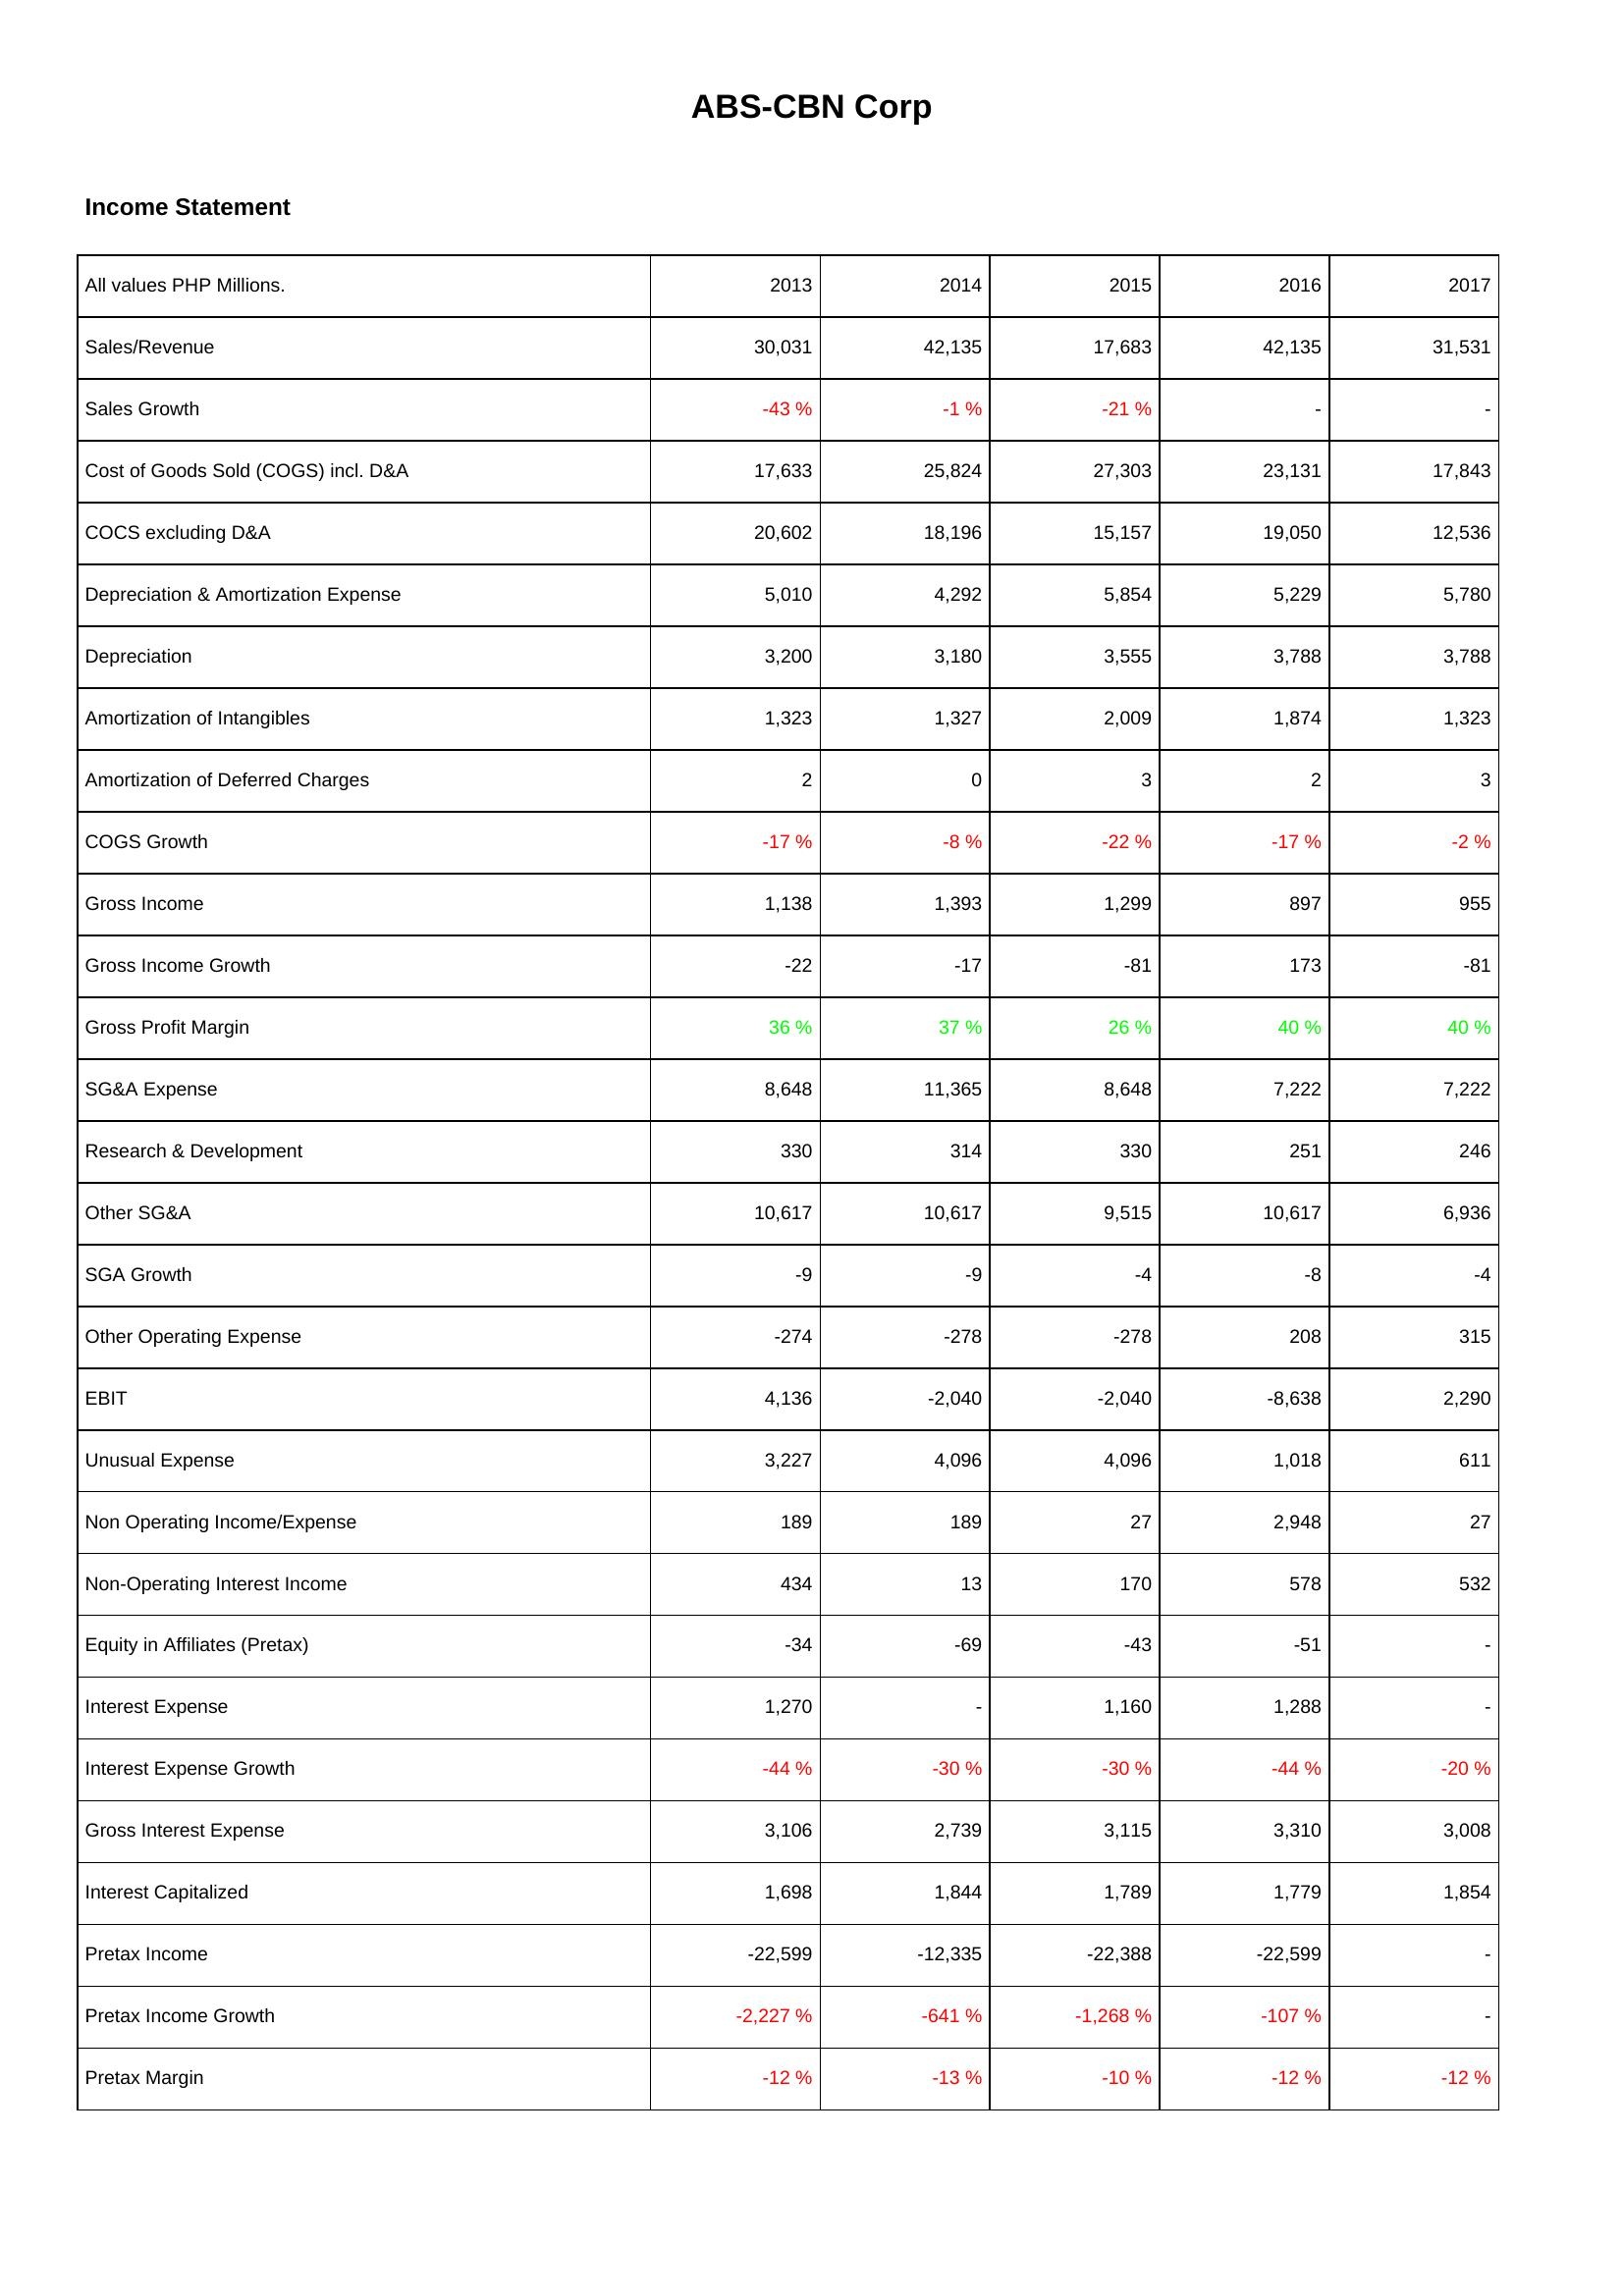
2013: Income Statement: Sales/Revenue: 30,031
Sales Growth: -43 %
Cost of Goods Sold (COGS) incl. D&A: 17,633
COCS excluding D&A: 20,602
Depreciation & Amortization Expense: 5,010
Depreciation: 3,200
Amortization of Intangibles: 1,323
Amortization of Deferred Charges: 2
COGS Growth: -17 %
Gross Income: 1,138
Gross Income Growth: -22
Gross Profit Margin: 36 %
SG&A Expense: 8,648
Research & Development: 330
Other SG&A: 10,617
SGA Growth: -9
Other Operating Expense: -274
EBIT: 4,136
Unusual Expense: 3,227
Non Operating Income/Expense: 189
Non-Operating Interest Income: 434
Equity in Affiliates (Pretax): -34
Interest Expense: 1,270
Interest Expense Growth: -44 %
Gross Interest Expense: 3,106
Interest Capitalized: 1,698
Pretax Income: -22,599
Pretax Income Growth: -2,227 %
Pretax Margin: -12 %
2014: Income Statement: Sales/Revenue: 42,135
Sales Growth: -1 %
Cost of Goods Sold (COGS) incl. D&A: 25,824
COCS excluding D&A: 18,196
Depreciation & Amortization Expense: 4,292
Depreciation: 3,180
Amortization of Intangibles: 1,327
Amortization of Deferred Charges: 0
COGS Growth: -8 %
Gross Income: 1,393
Gross Income Growth: -17
Gross Profit Margin: 37 %
SG&A Expense: 11,365
Research & Development: 314
Other SG&A: 10,617
SGA Growth: -9
Other Operating Expense: -278
EBIT: -2,040
Unusual Expense: 4,096
Non Operating Income/Expense: 189
Non-Operating Interest Income: 13
Equity in Affiliates (Pretax): -69
Interest Expense: -
Interest Expense Growth: -30 %
Gross Interest Expense: 2,739
Interest Capitalized: 1,844
Pretax Income: -12,335
Pretax Income Growth: -641 %
Pretax Margin: -13 %
2015: Income Statement: Sales/Revenue: 17,683
Sales Growth: -21 %
Cost of Goods Sold (COGS) incl. D&A: 27,303
COCS excluding D&A: 15,157
Depreciation & Amortization Expense: 5,854
Depreciation: 3,555
Amortization of Intangibles: 2,009
Amortization of Deferred Charges: 3
COGS Growth: -22 %
Gross Income: 1,299
Gross Income Growth: -81
Gross Profit Margin: 26 %
SG&A Expense: 8,648
Research & Development: 330
Other SG&A: 9,515
SGA Growth: -4
Other Operating Expense: -278
EBIT: -2,040
Unusual Expense: 4,096
Non Operating Income/Expense: 27
Non-Operating Interest Income: 170
Equity in Affiliates (Pretax): -43
Interest Expense: 1,160
Interest Expense Growth: -30 %
Gross Interest Expense: 3,115
Interest Capitalized: 1,789
Pretax Income: -22,388
Pretax Income Growth: -1,268 %
Pretax Margin: -10 %
2016: Income Statement: Sales/Revenue: 42,135
Sales Growth: -
Cost of Goods Sold (COGS) incl. D&A: 23,131
COCS excluding D&A: 19,050
Depreciation & Amortization Expense: 5,229
Depreciation: 3,788
Amortization of Intangibles: 1,874
Amortization of Deferred Charges: 2
COGS Growth: -17 %
Gross Income: 897
Gross Income Growth: 173
Gross Profit Margin: 40 %
SG&A Expense: 7,222
Research & Development: 251
Other SG&A: 10,617
SGA Growth: -8
Other Operating Expense: 208
EBIT: -8,638
Unusual Expense: 1,018
Non Operating Income/Expense: 2,948
Non-Operating Interest Income: 578
Equity in Affiliates (Pretax): -51
Interest Expense: 1,288
Interest Expense Growth: -44 %
Gross Interest Expense: 3,310
Interest Capitalized: 1,779
Pretax Income: -22,599
Pretax Income Growth: -107 %
Pretax Margin: -12 %
2017: Income Statement: Sales/Revenue: 31,531
Sales Growth: -
Cost of Goods Sold (COGS) incl. D&A: 17,843
COCS excluding D&A: 12,536
Depreciation & Amortization Expense: 5,780
Depreciation: 3,788
Amortization of Intangibles: 1,323
Amortization of Deferred Charges: 3
COGS Growth: -2 %
Gross Income: 955
Gross Income Growth: -81
Gross Profit Margin: 40 %
SG&A Expense: 7,222
Research & Development: 246
Other SG&A: 6,936
SGA Growth: -4
Other Operating Expense: 315
EBIT: 2,290
Unusual Expense: 611
Non Operating Income/Expense: 27
Non-Operating Interest Income: 532
Equity in Affiliates (Pretax): -
Interest Expense: -
Interest Expense Growth: -20 %
Gross Interest Expense: 3,008
Interest Capitalized: 1,854
Pretax Income: -
Pretax Income Growth: -
Pretax Margin: -12 %